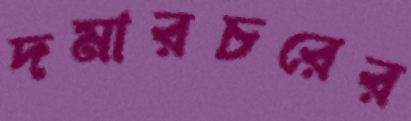
দমারচরের